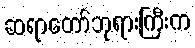
ဆရာတော်ဘုရားကြီးက